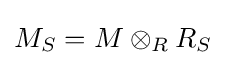
M_{S}=M\otimes _{R}R_{S}